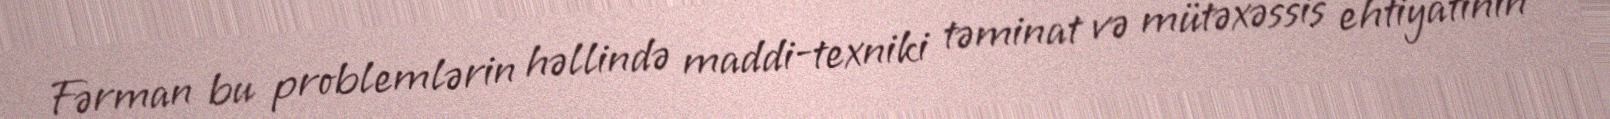
Fərman bu problemlərin həllində maddi-texniki təminat və mütəxəssis ehtiyatının